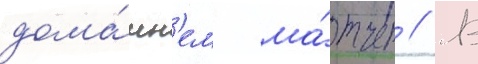
дома́шн'ем ма́тче // В